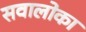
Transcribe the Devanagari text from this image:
सवालोका